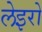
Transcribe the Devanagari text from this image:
लेइरो